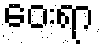
ဝေးရာ